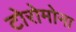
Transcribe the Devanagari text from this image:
टोरोमोना